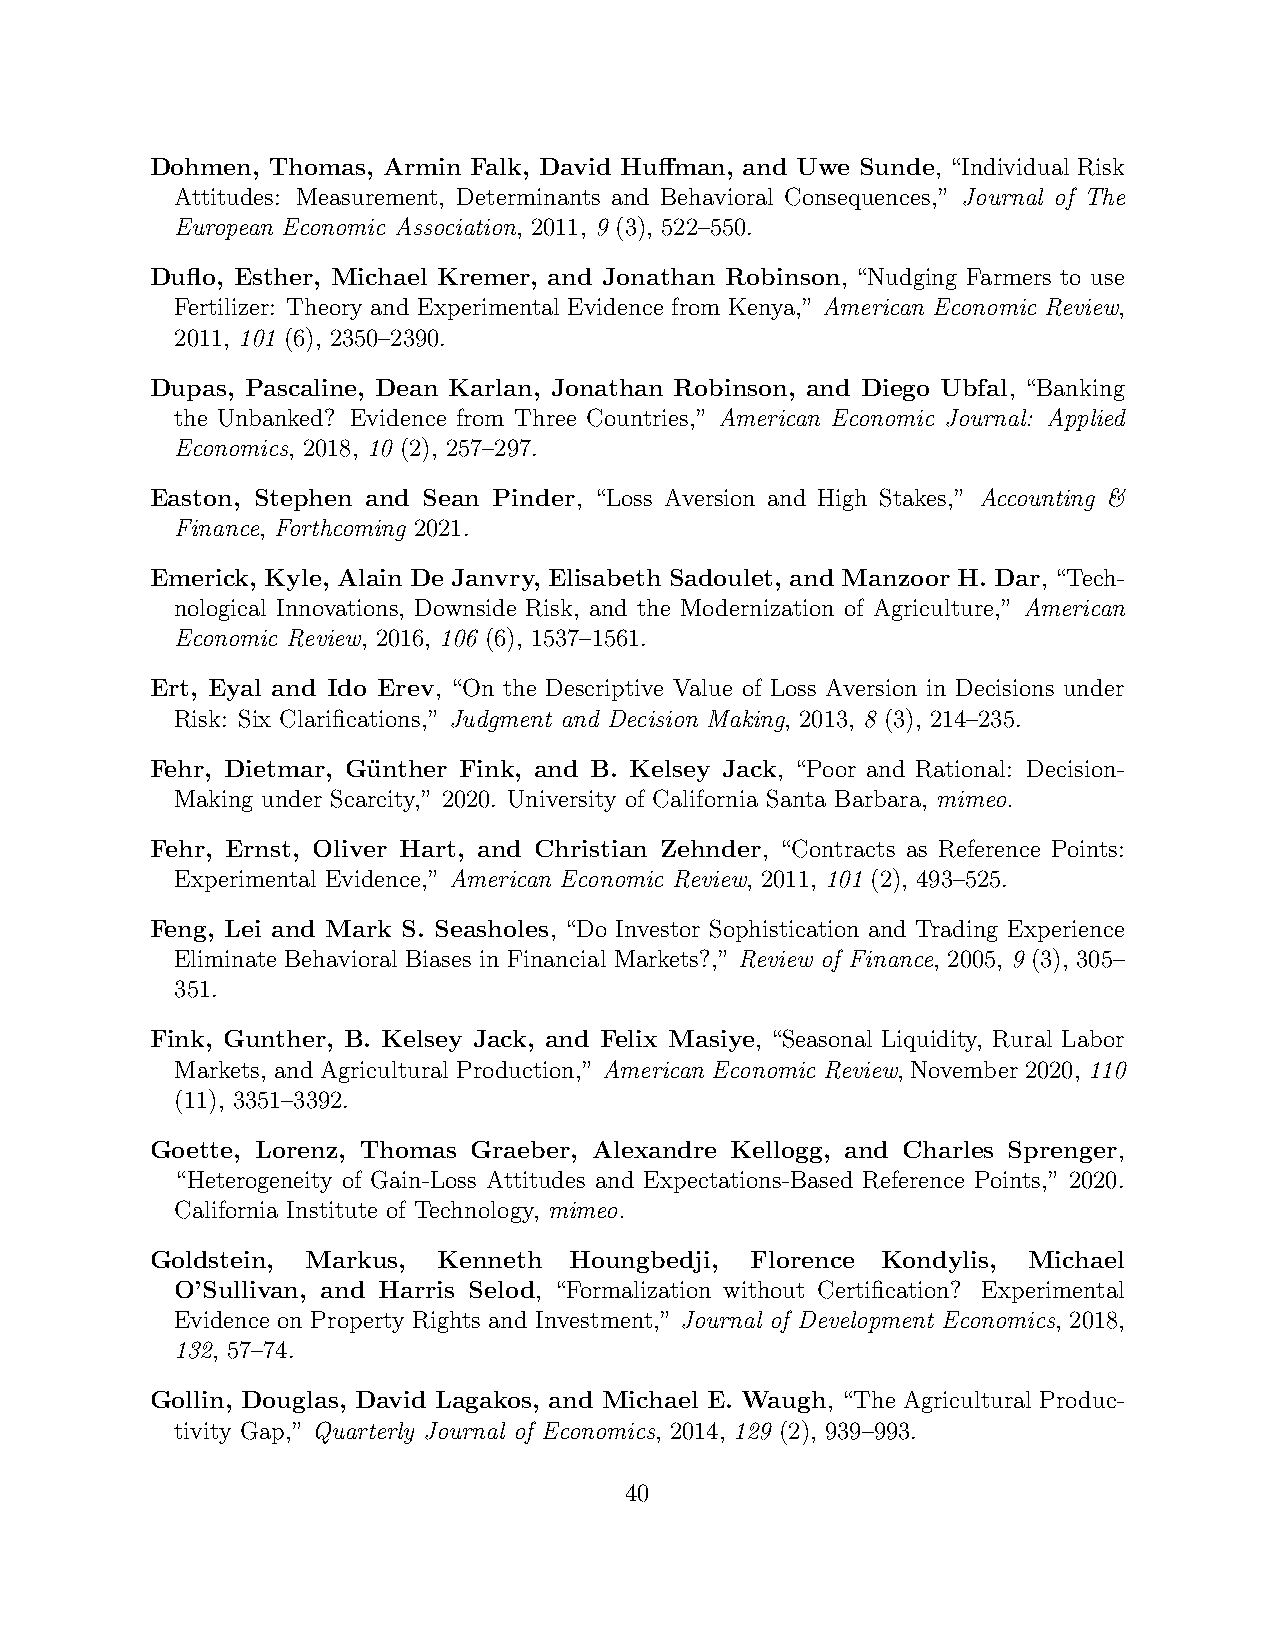
Dohmen, Thomas, Armin Falk, David Huffman, and Uwe Sunde, “Individual Risk
 Attitudes: Measurement, Determinants and Behavioral Consequences,” Journal of The
 European Economic Association, 2011, 9 (3), 522–550.
 Duflo, Esther, Michael Kremer, and Jonathan Robinson, “Nudging Farmers to use
 Fertilizer: Theory and Experimental Evidence from Kenya,” American Economic Review,
 2011, 101 (6), 2350–2390.
 Dupas, Pascaline, Dean Karlan, Jonathan Robinson, and Diego Ubfal, “Banking
 the Unbanked? Evidence from Three Countries,” American Economic Journal: Applied
 Economics, 2018, 10 (2), 257–297.
 Easton, Stephen and Sean Pinder, “Loss Aversion and High Stakes,” Accounting &
 Finance, Forthcoming 2021.
 Emerick, Kyle, Alain De Janvry, Elisabeth Sadoulet, and Manzoor H. Dar, “Tech-
 nological Innovations, Downside Risk, and the Modernization of Agriculture,” American
 Economic Review, 2016, 106 (6), 1537–1561.
 Ert, Eyal and Ido Erev, “On the Descriptive Value of Loss Aversion in Decisions under
 Risk: Six Clarifications,” Judgment and Decision Making, 2013, 8 (3), 214–235.
 Fehr, Dietmar, Gu¨nther Fink, and B. Kelsey Jack, “Poor and Rational: Decision-
 Making under Scarcity,” 2020. University of California Santa Barbara, mimeo.
 Fehr, Ernst, Oliver Hart, and Christian Zehnder, “Contracts as Reference Points:
 Experimental Evidence,” American Economic Review, 2011, 101 (2), 493–525.
 Feng, Lei and Mark S. Seasholes, “Do Investor Sophistication and Trading Experience
 Eliminate Behavioral Biases in Financial Markets?,” Review of Finance, 2005, 9 (3), 305–
 351.
 Fink, Gunther, B. Kelsey Jack, and Felix Masiye, “Seasonal Liquidity, Rural Labor
 Markets, and Agricultural Production,” American Economic Review, November 2020, 110
 (11), 3351–3392.
 Goette, Lorenz, Thomas Graeber, Alexandre Kellogg, and Charles Sprenger,
 “Heterogeneity of Gain-Loss Attitudes and Expectations-Based Reference Points,” 2020.
 California Institute of Technology, mimeo.
 Goldstein, Markus, Kenneth  Houngbedji, Florence Kondylis, Michael
 O’Sullivan, and Harris Selod, “Formalization without Certification? Experimental
 Evidence on Property Rights and Investment,” Journal of Development Economics, 2018,
 132, 57–74.
 Gollin, Douglas, David Lagakos, and Michael E. Waugh, “The Agricultural Produc-
 tivity Gap,” Quarterly Journal of Economics, 2014, 129 (2), 939–993.
 40